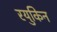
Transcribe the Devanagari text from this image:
रयुकिन